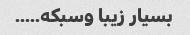
بسیار زیبا وسبکه.....